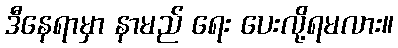
ဒီနေရာမှာ နာမည် ရေး ပေးလို့ရမလား။